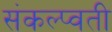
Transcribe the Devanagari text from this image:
संकल्प्वती